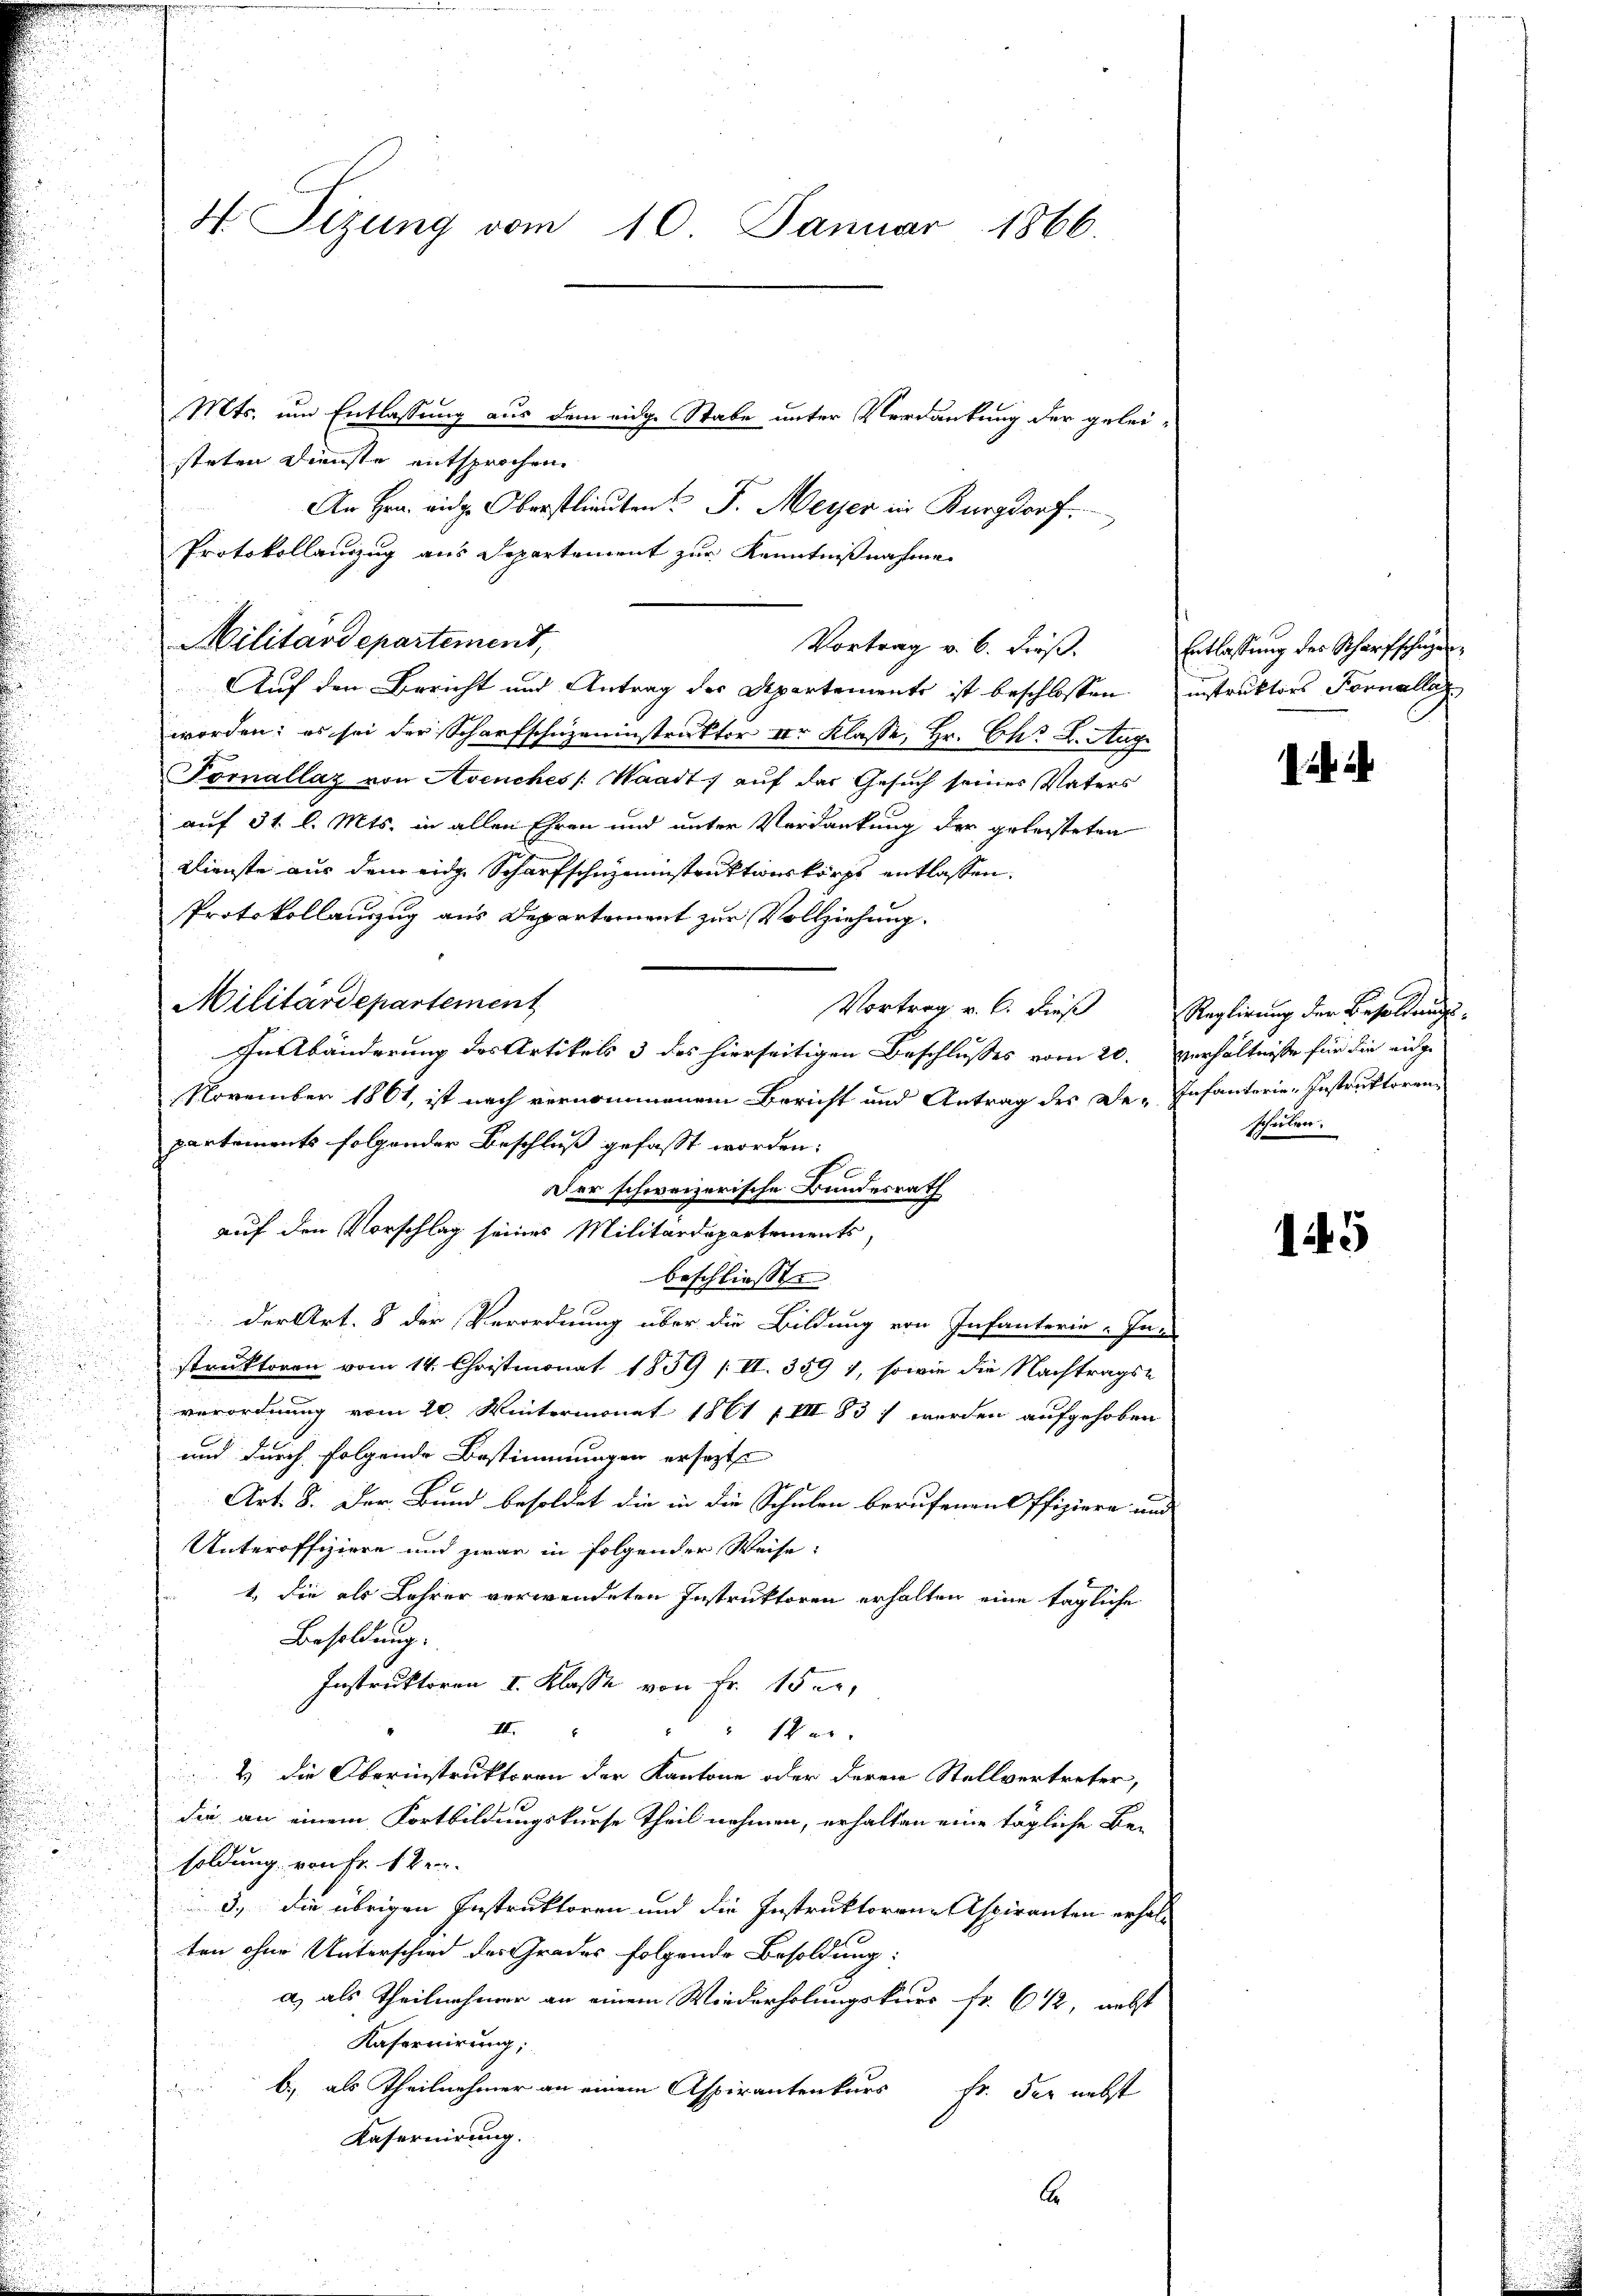
Mts. um Entlassung aus dem eidge Stabe unter Verdankung der geleisteten Dienste entsprochen.
An Hrn. eidge Oberstlieuten J. Meyer in Burgdorf.
Protokollanzug aus Departement zur Kenntnißnahme
Militärdepartement,
Auf den Bericht und Antrag des Departements ist beschlossen instruktors Fornellaz
worden; es sei der Scharfschuzeninstruktor II. Klasse, Hr. Chr. L. Aug
Tomállaz von Avenches Waadt, auf der Gesuch seines Vaters
auf 31 l. Mts. in allen Ehren und unter Verdankung der geleisteten
Dienste aus dem eidge Scharfschuzeninstruktionskorps entlassen.
Protokollauszug aus Departement zur Vollziehung.
Militärdepartement
In Abänderung des Artikels 3 des hierseitigen Beschlusses vom 20. Verhältnisse für die eidge
November 1861, ist nach vernommenem Bericht und Antrag des De-Infanterie-Instruktorenpartements folgender Beschluß gefasst worden:
Der schweizerische Bundesrath
auf den Vorschlag seines Militärdepartements,
beschliessen
der Art. 8 der Verordnung über die Bildung von Infanterie-Inn
struktoren vom 14. Christmonat 1859 /II. 359 1, sowie die Nachtrags-
verordnung vom 20. Wintermonat 1861 (III 831 werden aufgehoben
und durch folgende Bestimmungen ersezt
Art. 8. Der Bund besoldet die in die Schulen berufenen Offiziere und |
Unteroffiziere und zwar in folgender Weise:
1. die als Lehrer verwendeten Instruktoren erhalten eine tägliche
Besoldung.
Instruktoren I. Klasse von Fr. 15 tn,
II.
1er
2 die Oberinstruktoren der Kantone oder deren Stellvertreter,
die an einem Fortbildungskurse theil nehmen, erhalten eine tägliche Be-
soldung von Fr. 1 Ver
3., die übrigen Instruktoren und die Instruktorene Aspiranten erhalten ohne Unterschied des Grades folgende Besoldung:
a) als Theilnehmer an einem Wiederholungskurs Fr. 612, nebst
Kafornirung;
b) als Theilnehmer an einem Aspirantenkurs Fr. der nebst
Kasernirung.
A

H Sizung vom 10. Januar 1866.

Vortrag v. 6. dieß.

Entlastung der Scharfschagen

Vortrag v. 6. dieß Reglirung der Besoldungs-
schulen.

145